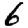
Digit: 6